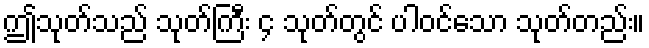
ဤသုတ်သည် သုတ်ကြီး ၄ သုတ်တွင် ပါဝင်သော သုတ်တည်း။